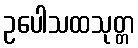
ဥပေါသထသုတ္တ